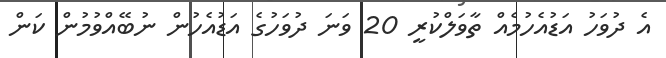
އެ ދުވަހު އަޑުއެހުމެއް ތާވަލްކުރީ 20 ވަނަ ދުވަހުގެ އަޑުއެހުން ނުބޭއްވުމުން ކަން